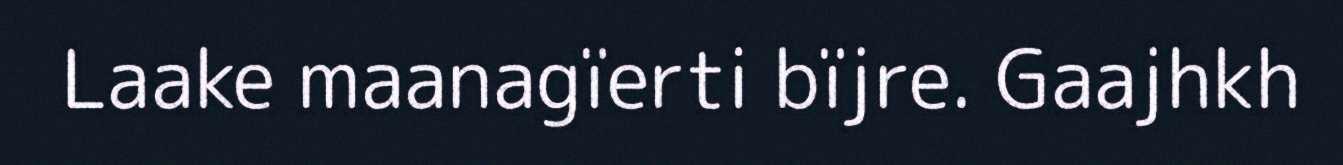
Laake maanagïerti bïjre. Gaajhkh